Annual statistical returns and brief notes on vaccination in Bengal - 1909-1929
Year: 1909
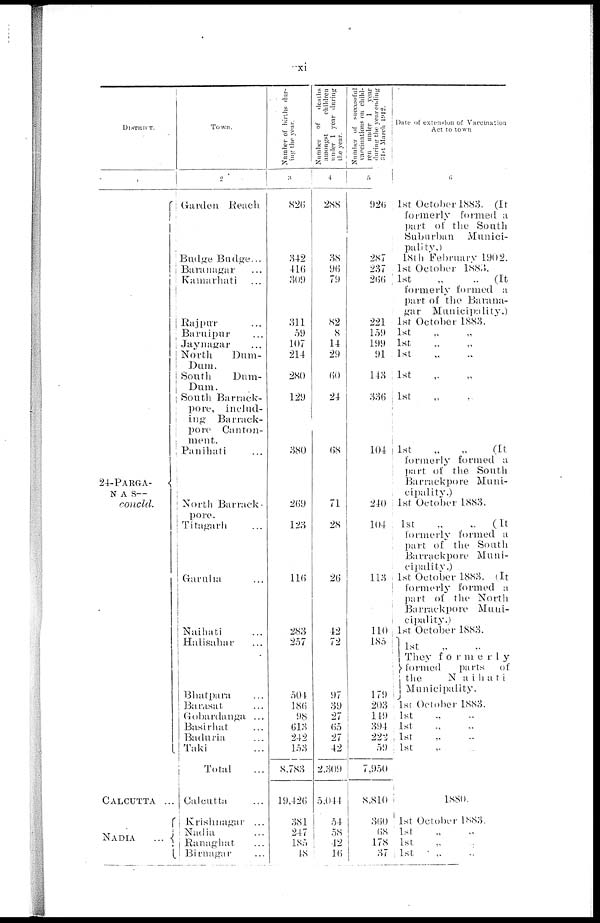
xi
DISTRICT.
1
24-PARGA¬
NAS—
concld.
CALCUTTA ...
NADIA
...
Town.
2
Garden Reach
Budge Badge...
Baranagar ...
Kamarhati ...
Rajpur ...
Baruipur ...
Jaunagar ...
North
Dum¬
Dum.
South
Dum¬
Dum.
South Barrack¬
pore, includ-
ing
Barrack-
pore
Canton-
ment.
Panibati ...
North Barrack¬
pore.
Titagarh ...
Garulra ...
Naihati ...
Halisahar ...
Bhatpara ...
Barasat ...
Gobardanga ...
Basirhat ...
Baduria ...
Taki ...
Total ...
Calcutta ...
Krishnagar ...
Nadia ...
Ranaghat ...
Birnagar ...
Number of births dur-
ing the year.
3
826
342
416
309
311
59
107
214
280
129
380
269
123
116
283
257
504
186
98
613
242
153
8,783
19,426
381
247
185
18
Number
of
deaths
amongst
children
under 1 year during
the year.
4
288
38
96
79
82
8
14
29
60
24
68
71
28
26
42
72
97
39
27
65
27
42
2,309
5,044
54
58
42
16
Number of successful
vaccinations on child-
ren under 1
year
during the year ending
31st March 1912.
5
926
287
237
266
221
159
199
91
143
336
104
240
104
113
110
185
179
203
119
394
222
59
7,950
8,810
360
68
178
37
Date of extension of Vaccination
Act to town
6
1st October 1883. (It
formerly formed a
part of the South
Suburban Munici-
pality,)
18th February 1902.
1st October 1883.
1st
„
„
(It
formerly formed a
part of the Barana¬
gar Municipality.)
1st October 1883.
1st „ „
1st „ „
1st „ „
1st „ „
1st „ „
1st
„
„
(It
formerly formed a
part of the South
Barrackpore Muni¬
cipalitv.)
1st October 1883.
1st
„
„
(It
formerly formed a
part of the South
Barrackpore Muni-
cipality.)
1st October 1883. (It
formerly formed a
part of the North
Barrackpore Muni-
cipality.)
1st October 1883.
1st
They formerly
formed
parts
of
the
Naihati
Municipality.
1st October 1883.
1st „ „
1st „ „
1st „ „
1st „ „
1880.
1st October 1883.
1st „ „
1st „ „
1st „ „